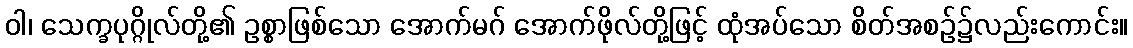
ဝါ၊ သေက္ခပုဂ္ဂိုလ်တို့၏ ဥစ္စာဖြစ်သော အောက်မဂ် အောက်ဖိုလ်တို့ဖြင့် ထုံအပ်သော စိတ်အစဉ်၌လည်းကောင်း။